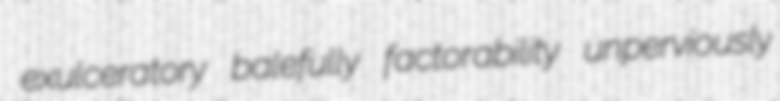
exulceratory balefully factorability unperviously